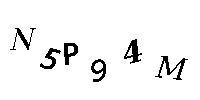
N5P94M